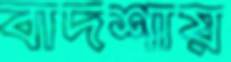
বাদশায়